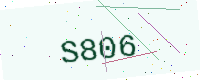
Text: S806